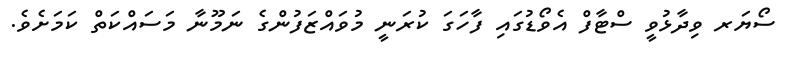
ސޯޔަރ ވިދާޅުވީ ސްޓާފް އެވޯޑުގައި ފާހަގަ ކުރަނީ މުވައްޒަފުންގެ ނަމޫނާ މަސައްކަތް ކަމަށެވެ.